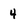
Character: 4